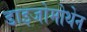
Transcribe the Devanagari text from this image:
डाइजोमोथेन